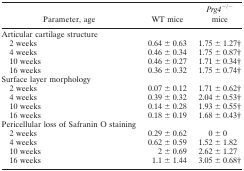
| Parameter, age | WT mice | Prg4−/− mice |
 | --- | --- | --- |
 | Articular cartilage structure |  |  |
 | 2 weeks | 0.64 ± 0.63 | 1.75 ± 1.27† |
 | 4 weeks | 0.46 ± 0.34 | 1.75 ± 0.87† |
 | 10 weeks | 0.46 ± 0.27 | 1.71 ± 0.34† |
 | 16 weeks | 0.36 ± 0.32 | 1.75 ± 0.74† |
 | Surface layer morphology |  |  |
 | 2 weeks | 0.07 ± 0.12 | 1.71 ± 0.62† |
 | 4 weeks | 0.39 ± 0.32 | 2.04 ± 0.53† |
 | 10 weeks | 0.14 ± 0.28 | 1.93 ± 0.55† |
 | 16 weeks | 0.18 ± 0.19 | 1.68 ± 0.43† |
 | Pericellular loss of Safranin O staining |  |  |
 | 2 weeks | 0.29 ± 0.62 | 0 ± 0 |
 | 4 weeks | 0.62 ± 0.59 | 1.52 ± 1.82 |
 | 10 weeks | 2 ± 0.69 | 2.62 ± 1.27 |
 | 16 weeks | 1.1 ± 1.44 | 3.05 ± 0.68† |